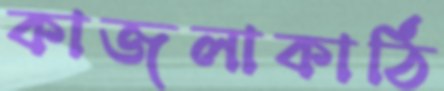
কাজলাকাঠি